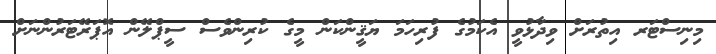
މިނިސްޓަރ އިތުރަށް ވިދާޅުވީ އެކަމުގެ ފުރިހަމަ ޔަޤީންކަން މީގެ ކުރިންވެސް ސީޕްލޭން އޮޕަރޭޓަރުންނަށް